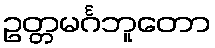
ဥတ္တမင်္ဂဘူတော